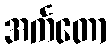
အင်္ကတော